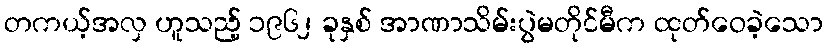
တကယ့်အလှ ဟူသည့် ၁၉၆၂ ခုနှစ် အာဏာသိမ်းပွဲမတိုင်မီက ထုတ်ဝေခဲ့သော